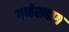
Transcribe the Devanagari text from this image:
गणेशबाग